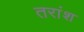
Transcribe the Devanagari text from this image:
तरांश